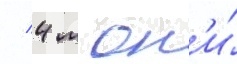
/ 4 м он'и́